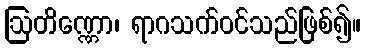
ဩတိဏ္ဏော၊ ရာဂသက်ဝင်သည်ဖြစ်၍။